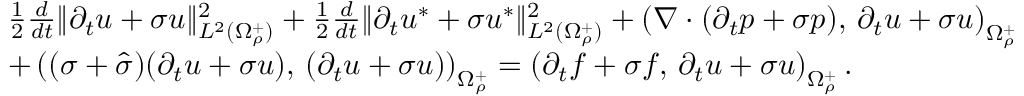
\begin{array} { r } { \begin{array} { r l } & { \frac { 1 } { 2 } \frac { d } { d t } \| \partial _ { t } u + \sigma u \| _ { L ^ { 2 } ( \Omega _ { \rho } ^ { + } ) } ^ { 2 } + \frac { 1 } { 2 } \frac { d } { d t } \| \partial _ { t } u ^ { * } + \sigma u ^ { * } \| _ { L ^ { 2 } ( \Omega _ { \rho } ^ { + } ) } ^ { 2 } + \left( \nabla \cdot ( \partial _ { t } p + \sigma p ) , \, \partial _ { t } u + \sigma u \right) _ { \Omega _ { \rho } ^ { + } } } \\ & { + \left( ( \sigma + \hat { \sigma } ) ( \partial _ { t } u + \sigma u ) , \, ( \partial _ { t } u + \sigma u ) \right) _ { \Omega _ { \rho } ^ { + } } = \left( \partial _ { t } f + \sigma f , \, \partial _ { t } u + \sigma u \right) _ { \Omega _ { \rho } ^ { + } } . } \end{array} } \end{array}